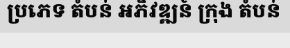
ប្រភេទ តំបន់ អភិវឌ្ឍន៍ ក្រុង តំបន់